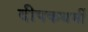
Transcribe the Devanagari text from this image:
दीपकधर्मी